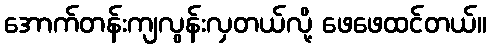
အောက်တန်းကျလွန်းလှတယ်လို့ ဖေဖေထင်တယ်။